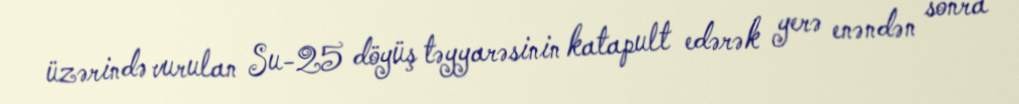
üzərində vurulan Su-25 döyüş təyyarəsinin katapult edərək yerə enəndən sonra